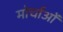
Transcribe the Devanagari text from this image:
मोर्चाओं